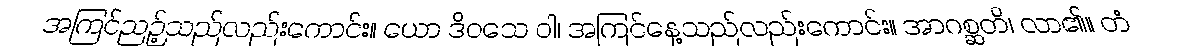
အကြင်ညဉ့်သည်လည်းကောင်း။ ယော ဒိဝသေ ဝါ၊ အကြင်နေ့သည်လည်းကောင်း။ အာဂစ္ဆတိ၊ လာ၏။ တံ